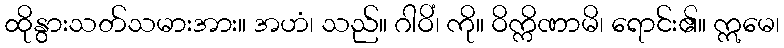
ထိုနွားသတ်သမားအား။ အဟံ၊ သည်။ ဂါဝိံ၊ ကို။ ဝိက္ကိဏာမိ၊ ရောင်း၏။ ဣမေ၊